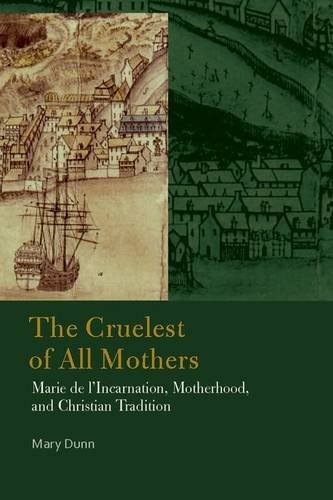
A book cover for The Cruelest of All Mothers: Marie de l'Incarnation, Motherhood, and Christian Tradition (Catholic Practice in North America (FUP)); Mary Dunn; Christian Books & Bibles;